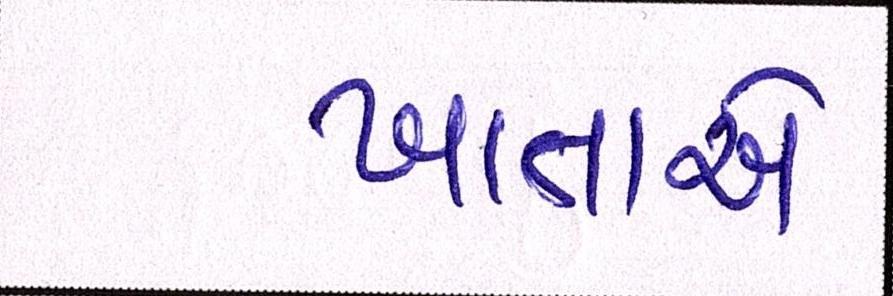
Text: ખાતાએ